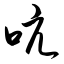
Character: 吭